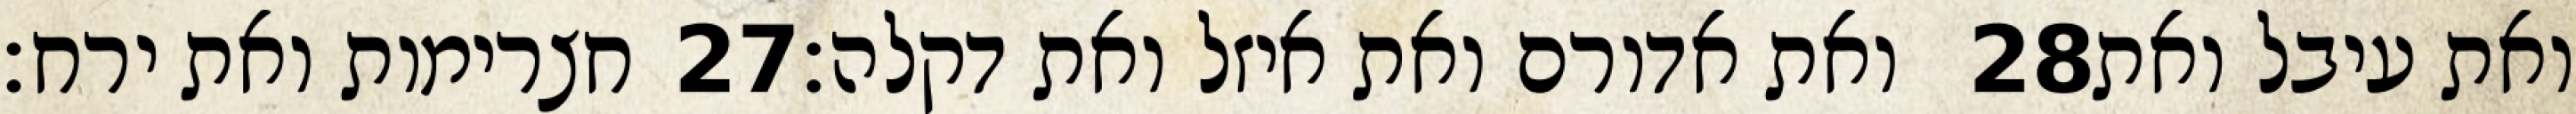
חצרימות ואת ירח׃ ‎27‏ ואת אדורם ואת איזל ואת דקלה׃ ‎28‏ ואת עיבל ואת